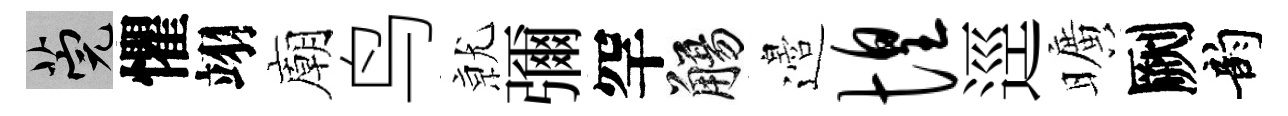
筦懼翊廟鸟𭕒彌罕觴邉惶逕曠劂韵